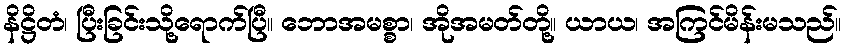
နိဋ္ဌိတံ၊ ပြီးခြင်းသို့ရောက်ပြီ။ ဘောအမစ္စာ၊ အိုအမတ်တို့။ ယာယ၊ အကြင်မိန်းမသည်။